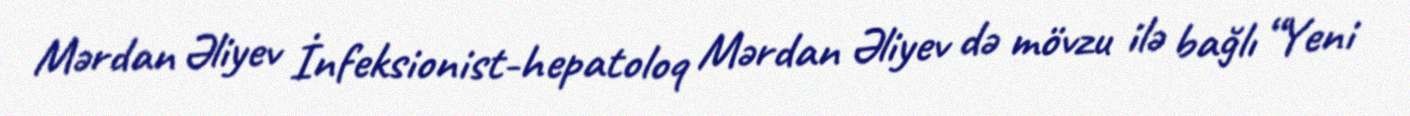
Mərdan Əliyev İnfeksionist-hepatoloq Mərdan Əliyev də mövzu ilə bağlı “Yeni